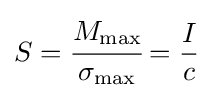
S={\cfrac {M_{\mathrm {max} }}{\sigma _{\mathrm {max} }}}={\frac {I}{c}}